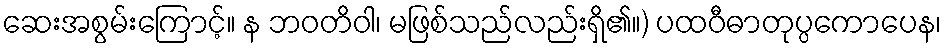
ဆေးအစွမ်းကြောင့်။ န ဘဝတိဝါ၊ မဖြစ်သည်လည်းရှိ၏။) ပထဝီဓာတုပ္ပကောပေန၊